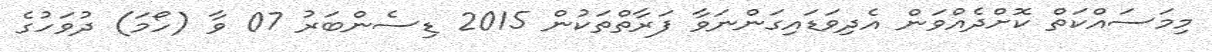
މިމަސައްކަތް ކޮށްދެއްވަން އެދިވަޑައިގަންނަވާ ފަރާތްތަކުން 2015 ޑިސެންބަރު 07 ވާ (ހޯމަ) ދުވަހުގެ